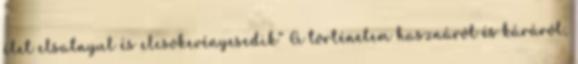
élet elsatnyul és elcsökevényesedik” A történelem hasznáról és káráról,